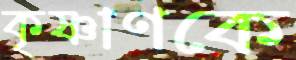
কৃষ্ণাণকে